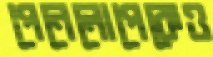
পেনেলোপেকেও